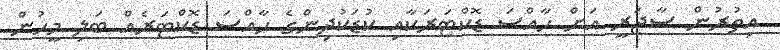
އިތުރުން ސާޖަރީ އަށް ހާއްސަ ޑޮކްޓަރަކާއި ކުޑަކުދިންގެ ހާއްސަ ޑޮކްޓަރެއް ބަލި މީހުން